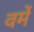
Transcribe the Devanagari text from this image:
वर्मे